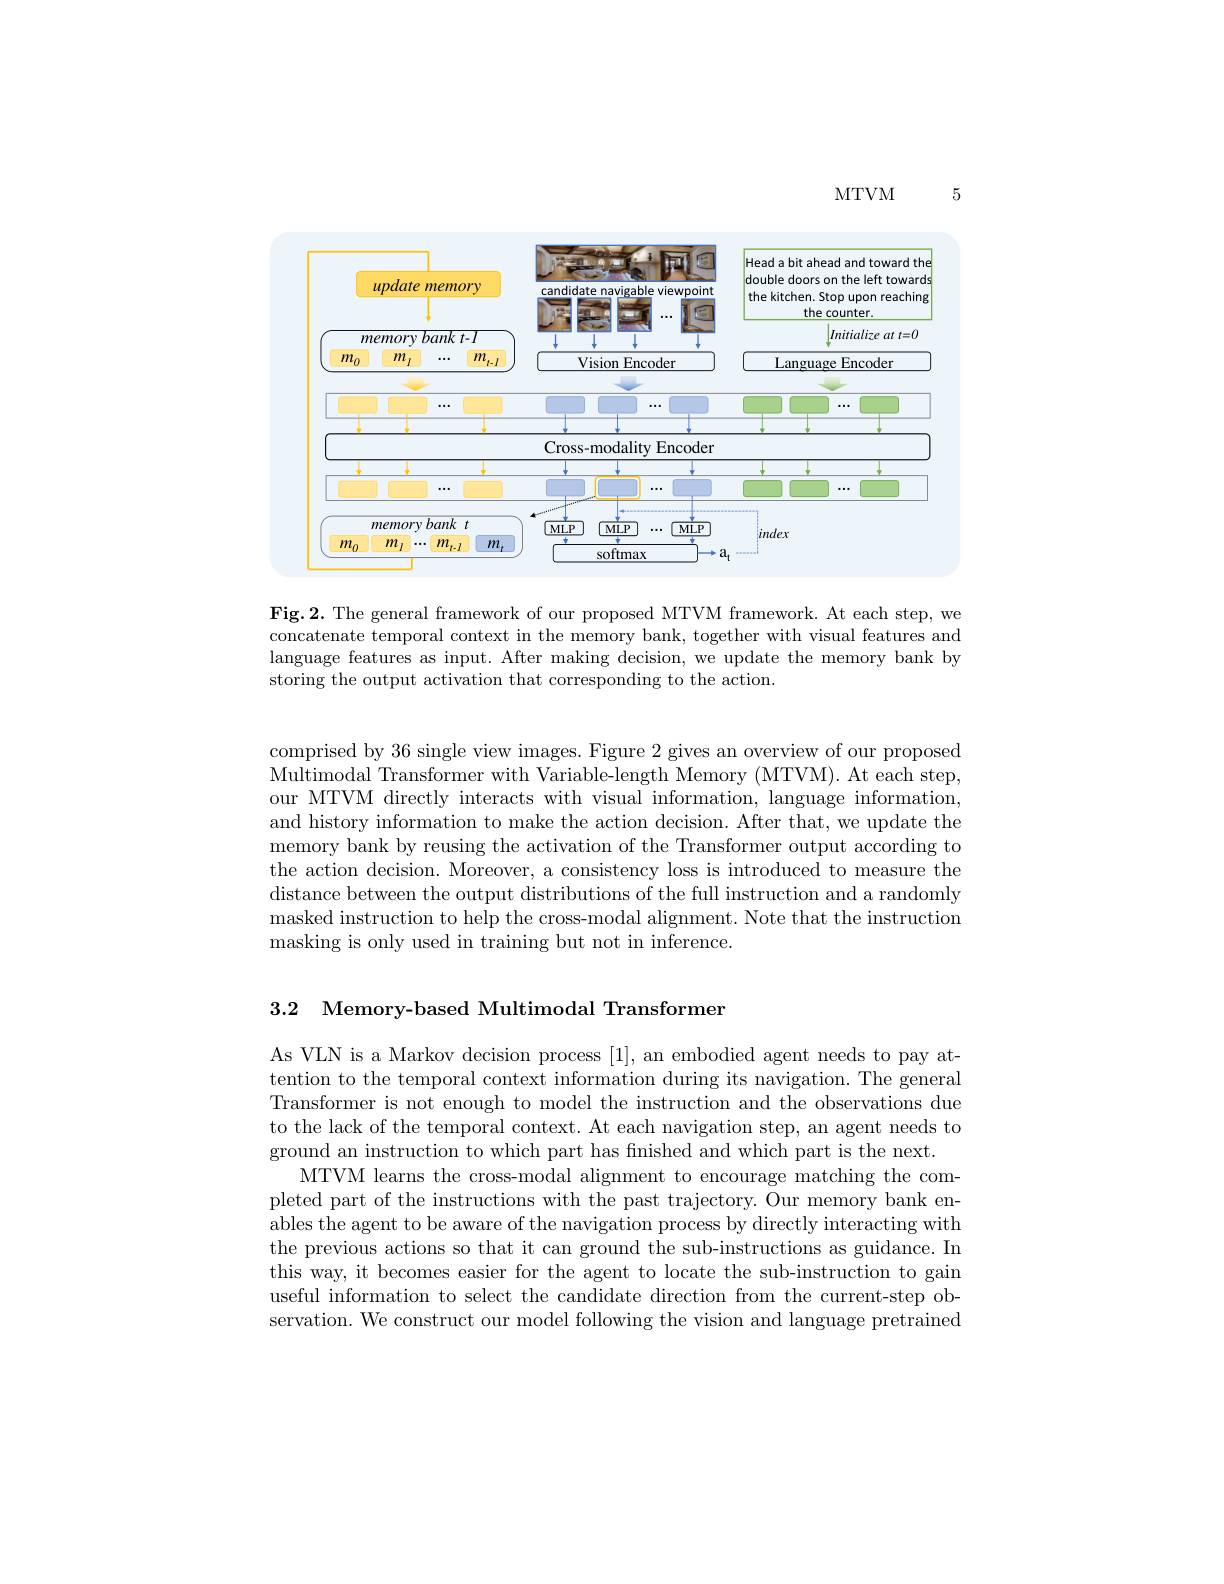
MTVM

5

<FigureHere>

Fig.2. The general framework of our proposed MTVM framework. At each step, we concatenate temporal context in the memory bank, together with visual features and language features as input. After making decision, we update the memory bank by storing the output activation that corresponding to the action.

comprised by 36 single view images. Figure 2 gives an overview of our proposed Multimodal Transformer with Variable-length Memory (MTVM). At each step, our MTVM directly interacts with visual information, language information, and history information to make the action decision. After that, we update the memory bank by reusing the activation of the Transformer output according to the action decision. Moreover, a consistency loss is introduced to measure the distance between the output distributions of the full instruction and a randomly masked instruction to help the cross-modal alignment. Note that the instruction masking is only used in training but not in inference.

3.2 Memory-based Multimodal Transformer

As VLN is a Markov decision process [1], an embodied agent needs to pay attention to the temporal context information during its navigation. The general Transformer is not enough to model the instruction and the observations due to the lack of the temporal context. At each navigation step, an agent needs to ground an instruction to which part has finished and which part is the next.
MTVM learns the cross-modal alignment to encourage matching the completed part of the instructions with the past trajectory. Our memory bank enables the agent to be aware of the navigation process by directly interacting with the previous actions so that it can ground the sub-instructions as guidance. In this way, it becomes easier for the agent to locate the sub-instruction to gain useful information to select the candidate direction from the current-step observation. We construct our model following the vision and language pretrained